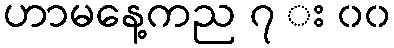
ဟာမနေ့ကည ၇ း ၀၀